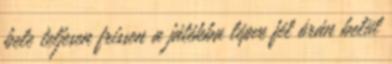
bele teljesen frissen a játékba lépve fél órán belül